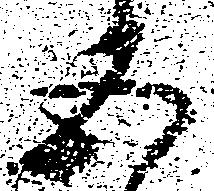
五